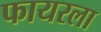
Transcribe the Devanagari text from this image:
फायरला